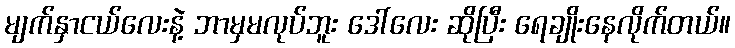
မျက်နှာငယ်လေးနဲ့ ဘာမှမလုပ်ဘူး ဒေါ်လေး ဆိုပြီး ရေချိုးနေလိုက်တယ်။